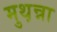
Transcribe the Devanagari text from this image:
मुथ़न्ना